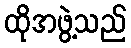
ထိုအဖွဲ့သည်